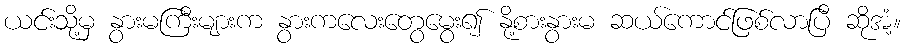
ယင်းသို့မှ နွားမကြီးများက နွားကလေးတွေမွေး၍ နို့စားနွားမ ဆယ်ကောင်ဖြစ်လာပြီ ဆိုအံ့။